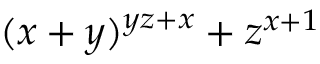
( x + y ) ^ { y z + x } + z ^ { x + 1 }